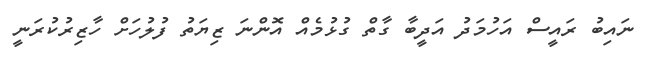
ނައިބު ރައީސް އަހުމަދު އަދީބާ ގާތް ގުޅުމެއް އޮންނަ ޒިޔަތު ފުލުހަށް ހާޒިރުކުރަނީ